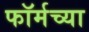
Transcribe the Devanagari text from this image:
फॉर्मच्या